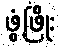
ဖွံ့ဖြိုး